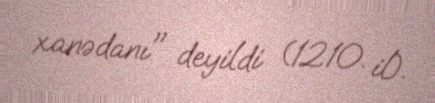
xanədanı" deyildi (1210. il).